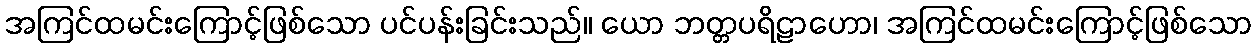
အကြင်ထမင်းကြောင့်ဖြစ်သော ပင်ပန်းခြင်းသည်။ ယော ဘတ္တပရိဠာဟော၊ အကြင်ထမင်းကြောင့်ဖြစ်သော